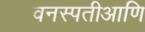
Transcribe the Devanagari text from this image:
वनस्पतीआणि